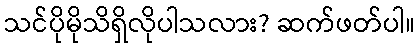
သင်ပိုမိုသိရှိလိုပါသလား? ဆက်ဖတ်ပါ။